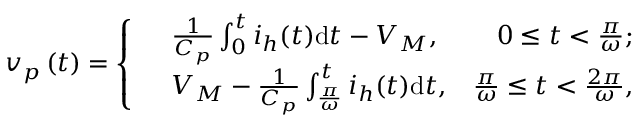
{ v _ { p } } \left( t \right) = \left\{ \begin{array} { r l r } & { \frac { 1 } { C _ { p } } \int _ { 0 } ^ { t } i _ { h } ( t ) \mathrm { d } t - { V _ { M } } , } & { 0 \le t < \frac { \pi } { \omega } ; } \\ & { { V _ { M } } - \frac { 1 } { C _ { p } } \int _ { \frac { \pi } { \omega } } ^ { t } i _ { h } ( t ) \mathrm { d } t , } & { \frac { \pi } { \omega } \le t < \frac { 2 \pi } { \omega } , } \end{array} \right.